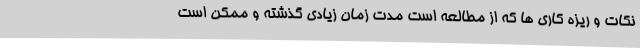
نکات و ریزه کاری ها که از مطالعه است مدت زمان زیادی گذشته و ممکن است